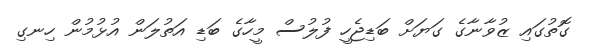
ގޮތުގައި ޒުވާނާގެ ގަޔަށް ބަޑިޖެހީ ފުލުސް މީހާގެ ބަޑި އަތުލަން އުޅުމުން ހިނގި